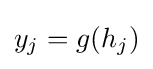
y_{j}=g(h_{j})